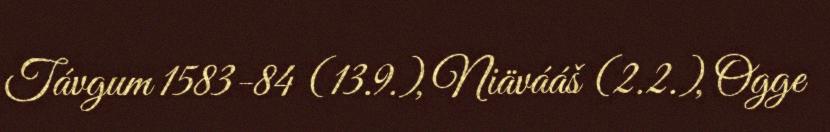
Távgum 1583-84 (13.9.), Niävááš (2.2.), Ogge